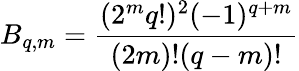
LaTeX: B_{q,m}=\frac{(2^{m}q!)^{2}(-1)^{q+m}}{(2m)!(q-m)!}